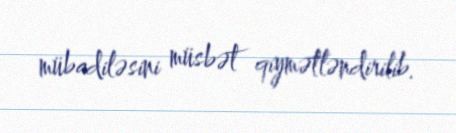
mübadiləsini müsbət qiymətləndirilib.